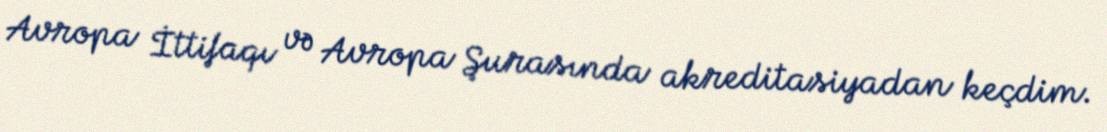
Avropa İttifaqı və Avropa Şurasında akreditasiyadan keçdim.